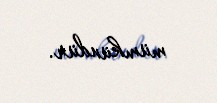
mümkündür.